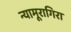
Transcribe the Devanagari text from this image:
न्यामूरागिरा